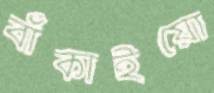
বাঁকাইয়ো